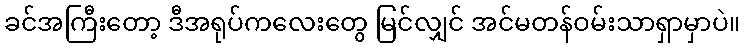
ခင်အကြီးတော့ ဒီအရုပ်ကလေးတွေ မြင်လျှင် အင်မတန်ဝမ်းသာရှာမှာပဲ။